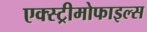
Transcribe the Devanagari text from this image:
एक्स्ट्रीमोफाइल्स